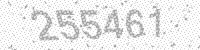
Solution: 255461